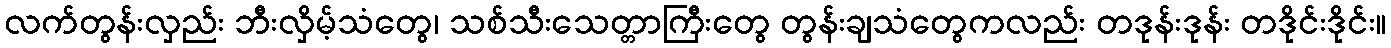
လက်တွန်းလှည်း ဘီးလှိမ့်သံတွေ၊ သစ်သီးသေတ္တာကြီးတွေ တွန်းချသံတွေကလည်း တဒုန်းဒုန်း တဒိုင်းဒိုင်း။